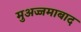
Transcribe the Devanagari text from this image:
मुअज्जमाबाद